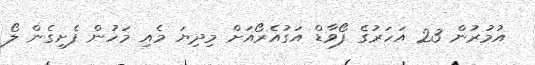
އުމުރުން 23 އަހަރުގެ ފޯވާޑް އަގުއެރޯއަށް މިދިޔަ މެއި މަހުން ފެށިގެން ލޯ